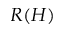
R ( H )